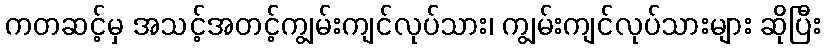
ကတဆင့်မှ အသင့်အတင့်ကျွမ်းကျင်လုပ်သား၊ ကျွမ်းကျင်လုပ်သားများ ဆိုပြီး